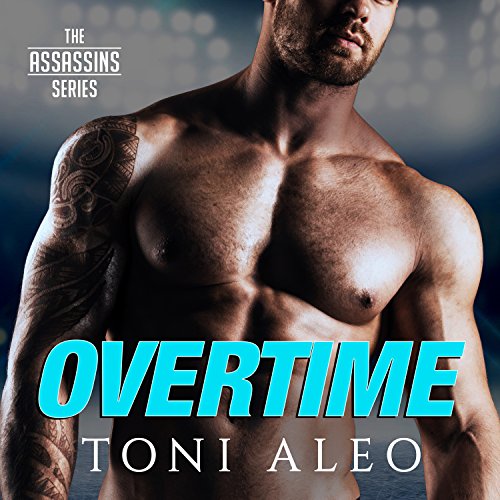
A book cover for Overtime: Assassins Series #7; Toni Aleo; Romance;